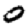
Digit: 0